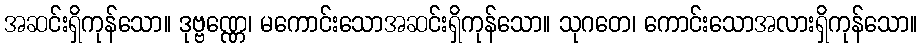
အဆင်းရှိကုန်သော။ ဒုဗ္ဗဏ္ဏေ၊ မကောင်းသောအဆင်းရှိကုန်သော။ သုဂတေ၊ ကောင်းသောအလားရှိကုန်သော။